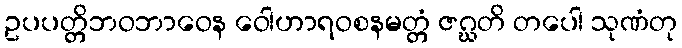
ဥပပတ္တိဘဝဘာဝေန ဝေါဟာရဝစနမတ္တံ ဇဂ္ဃတိ တပေါ သုဏံတု